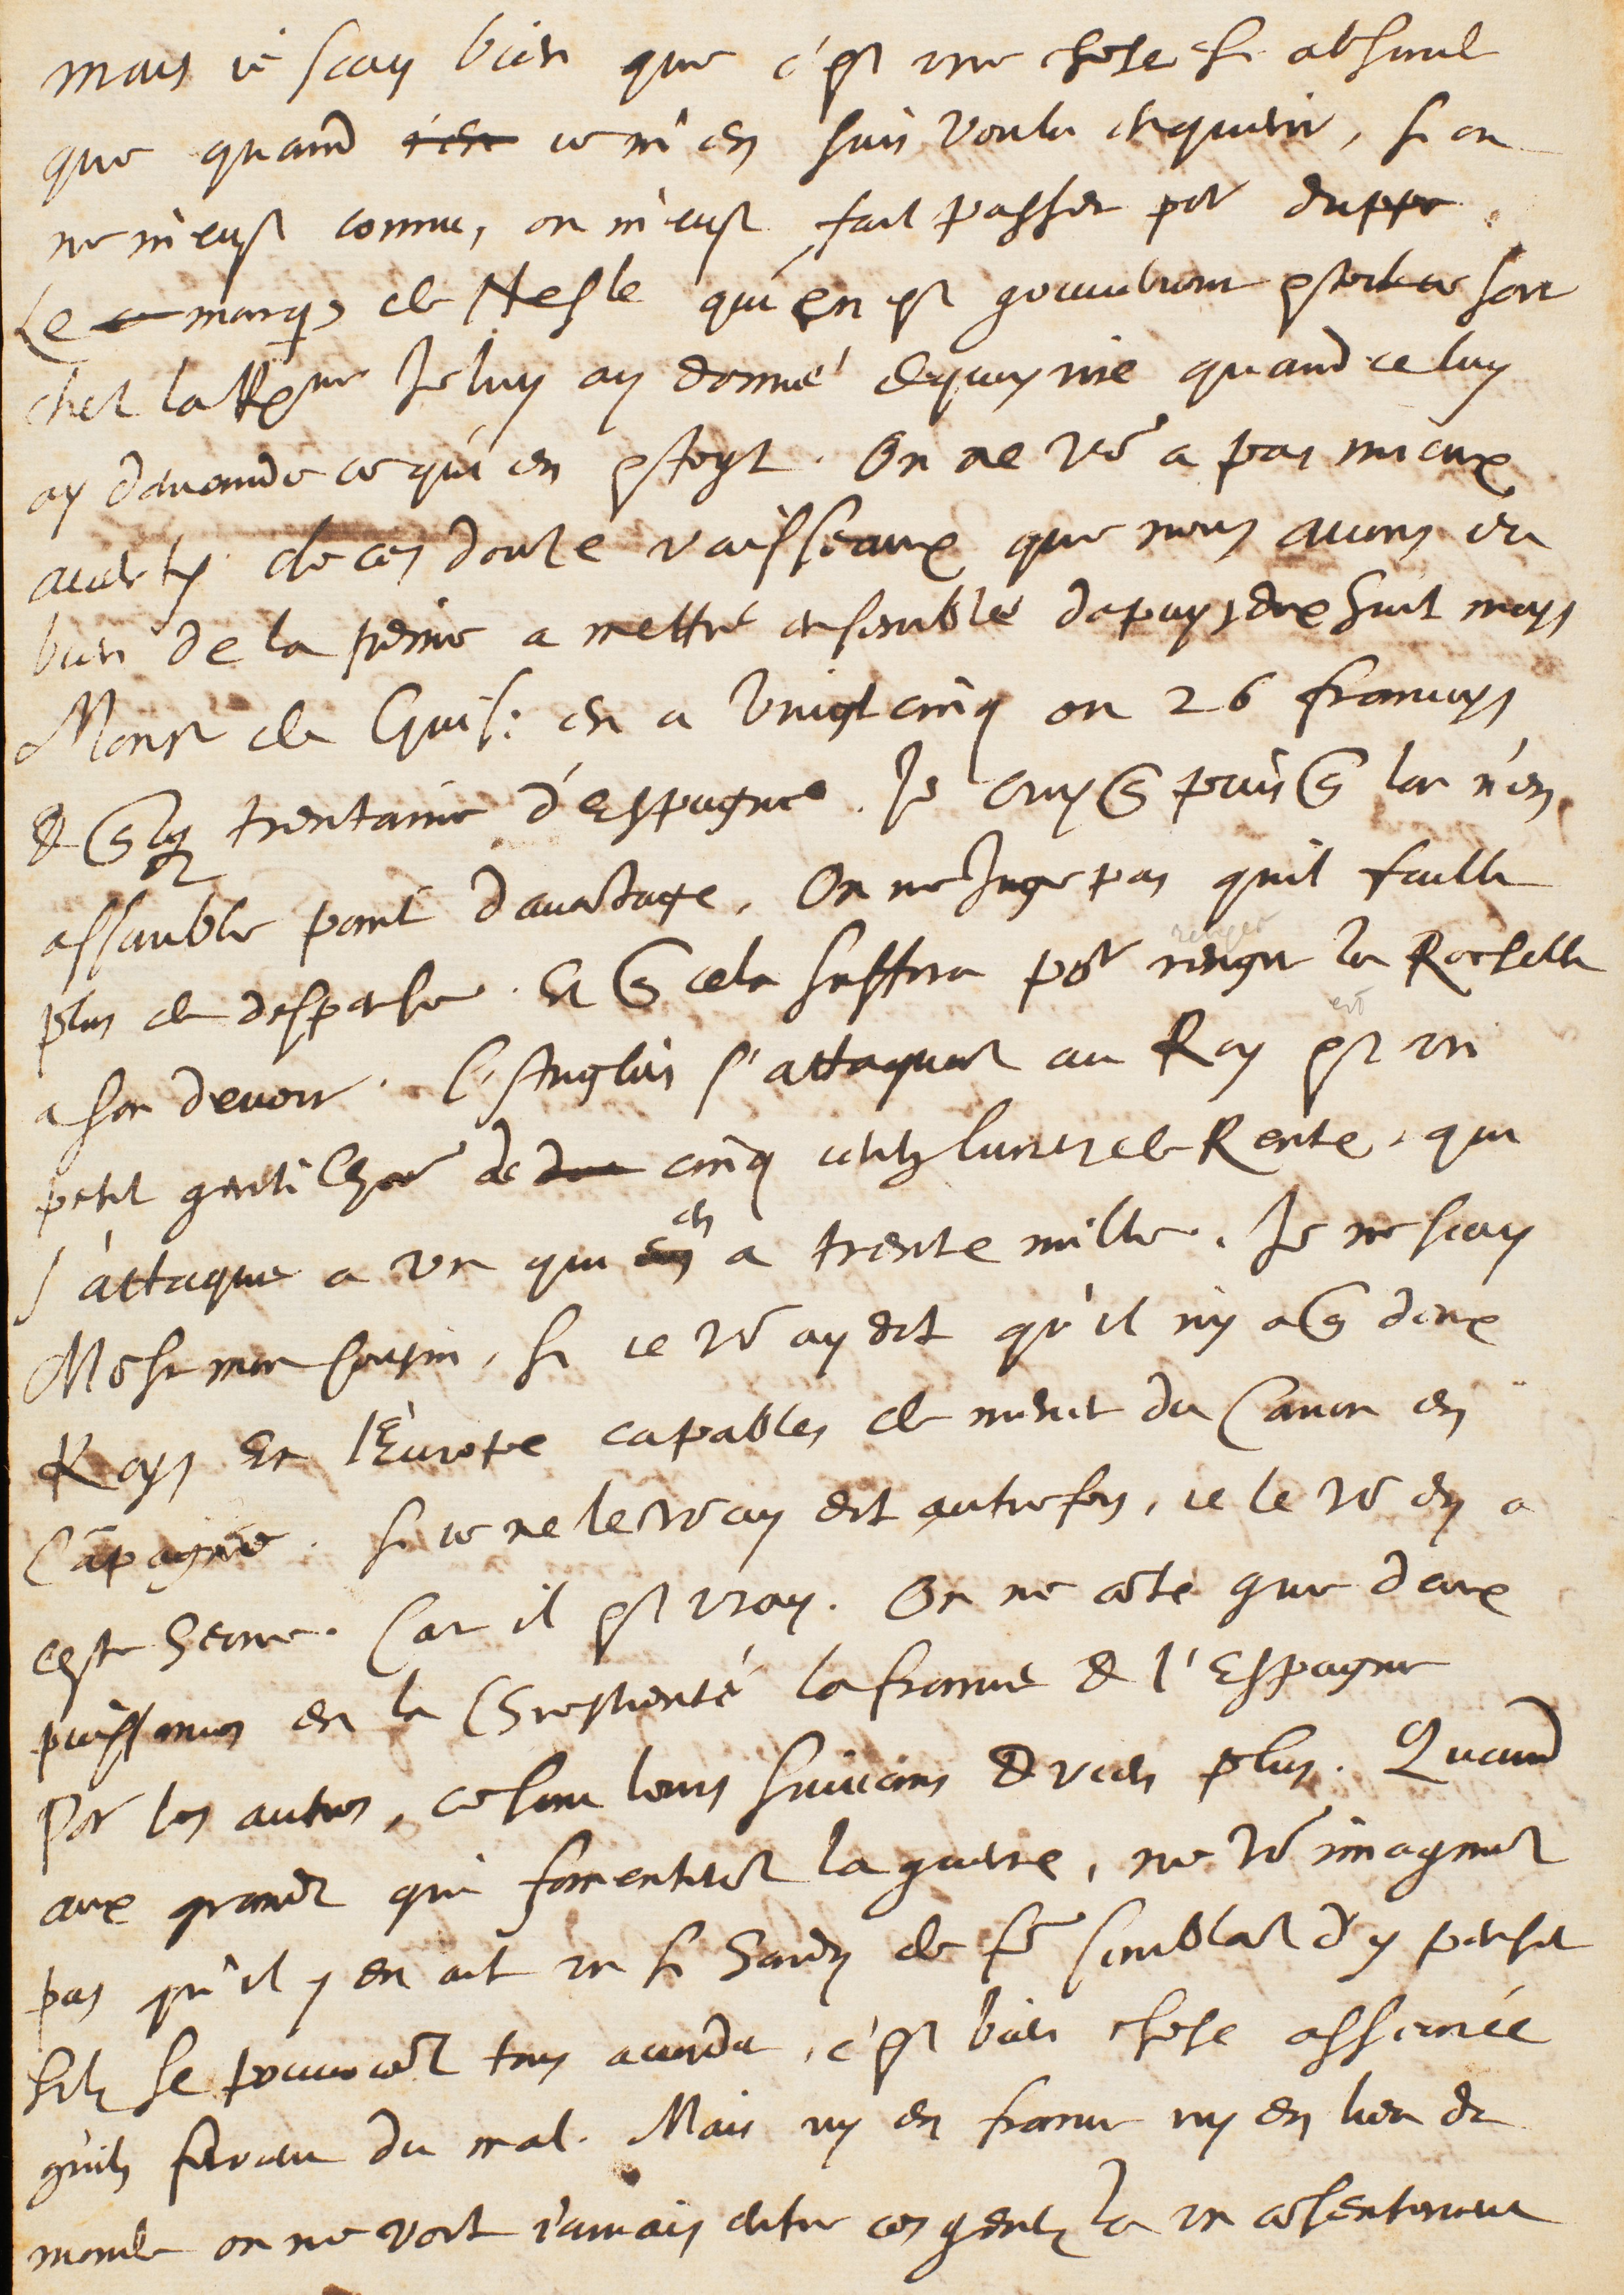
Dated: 1628–1628